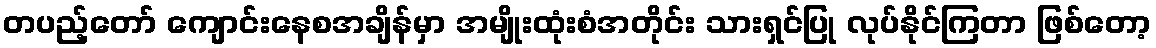
တပည့်တော် ကျောင်းနေစအချိန်မှာ အမျိုးထုံးစံအတိုင်း သားရှင်ပြု လုပ်နိုင်ကြတာ ဖြစ်တော့